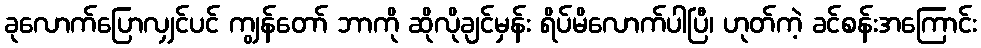
ခုလောက်ပြောလျှင်ပင် ကျွန်တော် ဘာကို ဆိုလိုချင်မှန်း ရိပ်မိလောက်ပါပြီ၊ ဟုတ်ကဲ့ ခင်စန်းအကြောင်း